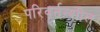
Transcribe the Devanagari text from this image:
परिवर्तन्शील